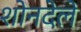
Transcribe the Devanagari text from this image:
शोनदेले